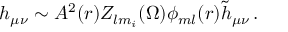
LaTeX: h _ { \mu \nu } \sim A ^ { 2 } ( r ) Z _ { l m _ { i } } ( \Omega ) \phi _ { m l } ( r ) { \tilde { h } } _ { \mu \nu } \, .